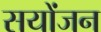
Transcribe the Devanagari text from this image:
सयोंजन